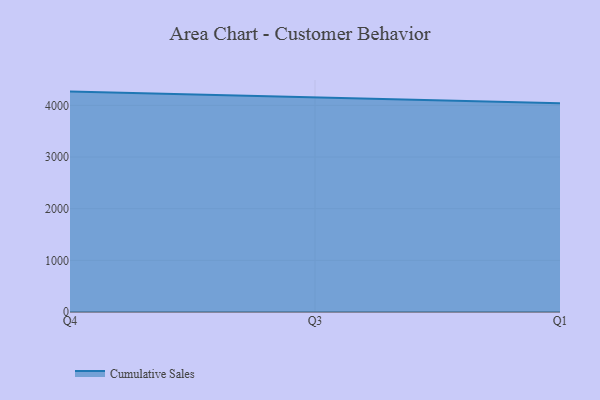
{"axis": {"x": "Quarter", "y": "Website Visitors"}, "legend": ["Cumulative Sales"], "data": [{"x": "Q4", "y": 4267.0, "type": "Cumulative Sales"}, {"x": "Q3", "y": 4156.1, "type": "Cumulative Sales"}, {"x": "Q1", "y": 4043.6, "type": "Cumulative Sales"}]}